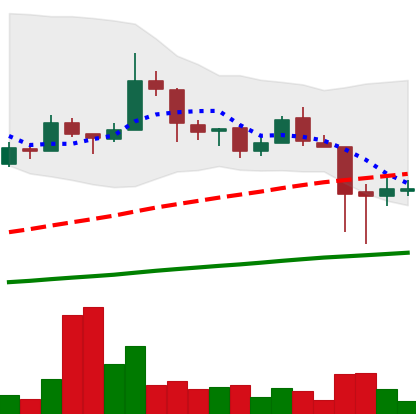
Ticker: LTC-USD
Chart end date: 2018-01-19
Forward return: -6.725%
Label: down_5_7